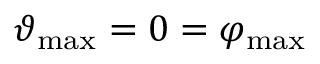
\vartheta _ { \mathrm { m a x } } = 0 = \varphi _ { \mathrm { m a x } }